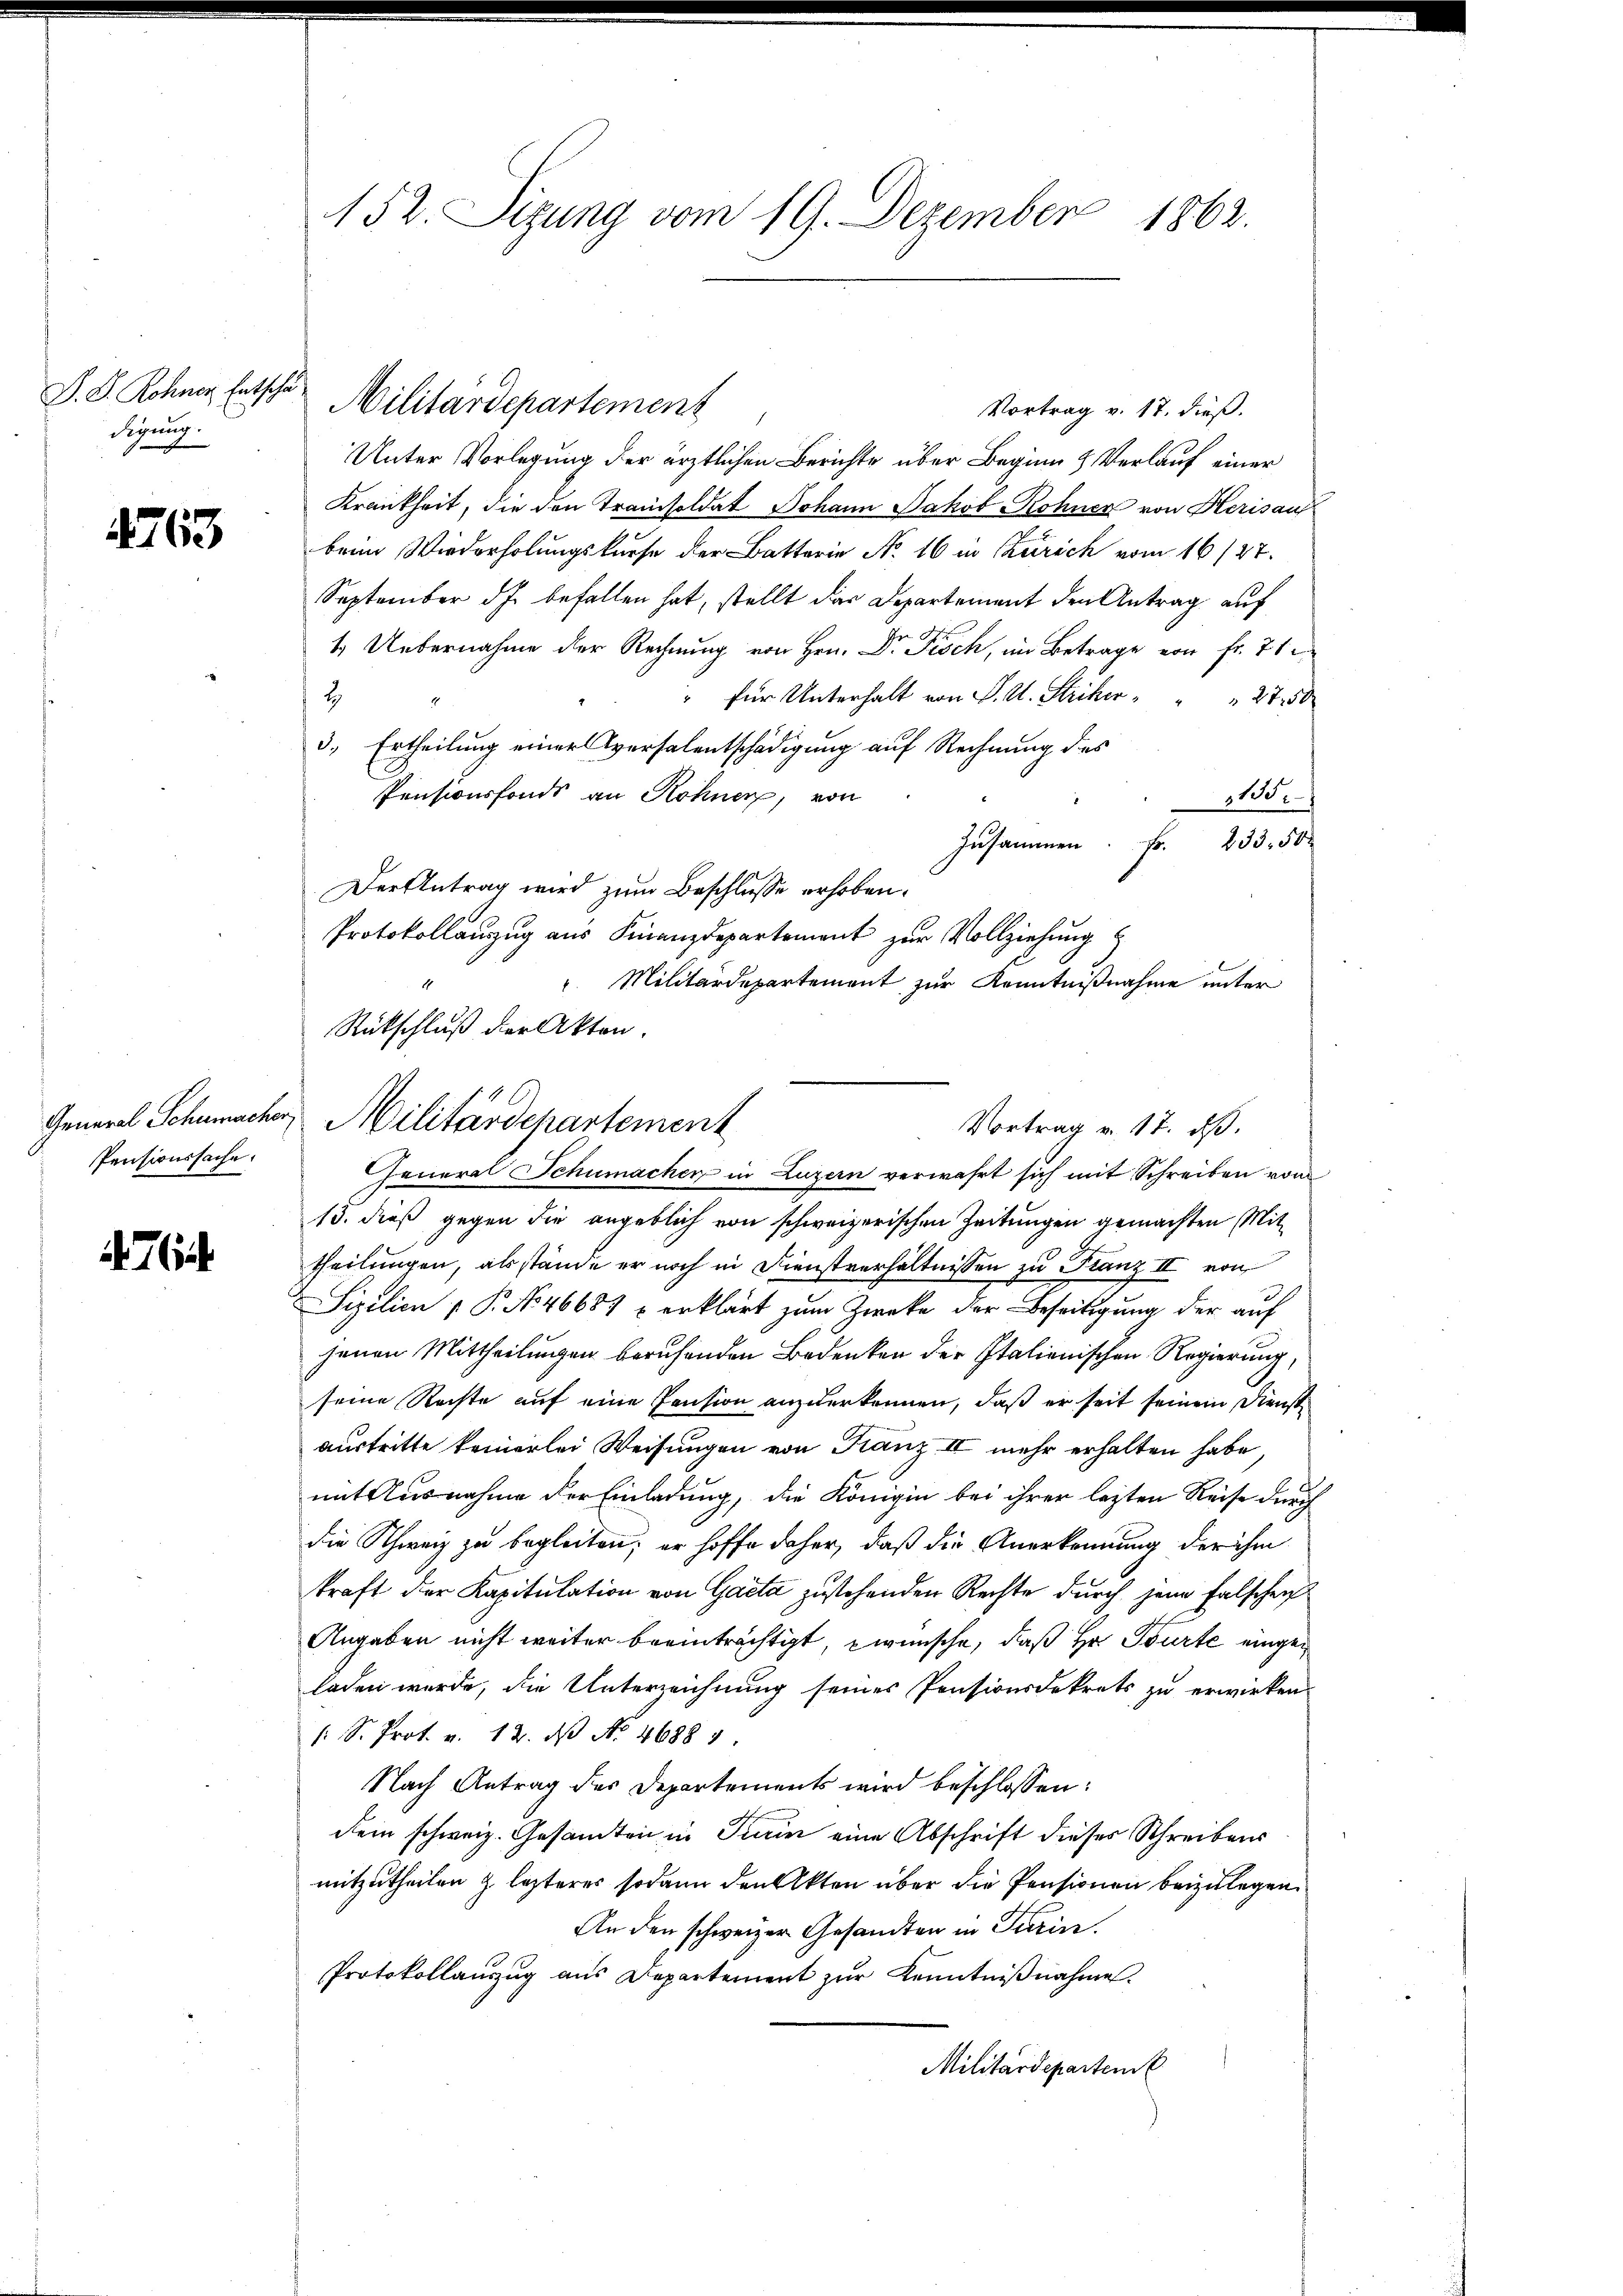
D. G. Rohner Entschä
digung.

4763

Pensionssache.

7

152. Sizung vom 19. Dezember 1862.

Militärdepartement

Vortrag v. 17. dieß.
Unter Vorlegung der ärztlichen Berichte über Beginn & Verlauf einer
Krankheit, die den Tramisoldat Johann Jakob Rohner von Herisauf
brin, Wiederholungskurse der Batterie No 16 in Zürich vom 16/27.
September ds befallen hat, stellt das Departement den Antrag auf
1. Uebernahme der Rechnung von Hrn. Dr. Fisch, im Betrage von fr. 71
für Unterhalt von P. U. Striker " " " 27. 50
2
3.) Ertheilung einer Versalentschädigung auf Rechnung des
Pensionsfonds an Rohner, von
315.
Zusammen. Fr. 233. 50
Der Antrag wird zum Beschlusse erhoben.
Protokollauszug aus Finanzdepartement zur Vollziehung
 Militärdepartement zur Kenntnißnahme unter
General Schumachen in Luzern verwahrt sich mit Schreiben vom
13. dieß gegen die angeblich von schweizerischen Zeitungen gemachten Mittheilungen, als stände er noch in Dienstverhältnissen zu Franz II von
Sizilien  P. No 46687 u erklärt zum Zwecke der Beseitigung der auf
jenen Mittheilungen beruhenden Bedenken der Italienischen Regierung,
seine Rechte auf eine Pension anderkennen, daß er seit seinem Dienst
austritte keinerlei Weisungen von Kanz II mehr erhalten habe
mit Ausnahme der Einladung, die Königin bei ihrer lezten Reise durch
die Schweiz zu begleiten; er hoffe daher, daß die Anerkennung der ihm
kraft der Kapitulation von Gacta zustehenden Rechte durch jene falschen
Angaben nicht weiter beeinträchtigt, zwünsche, daß Hr. Tourte eingeladen wurde, die Unterzeichnung seines Pensionsdekrets zu erwirken,
/: S. Prot. v. 12. N No. 4688 1
Nach Antrag des Departements wird beschlossen:
Dein schweiz. Gesamten in Turin eine Abschrift dieses Schreibens
mitzutheilen z lezteres sodann den Akten über die Pensionen beizulegen.
An den schweizer Gesandten in Turin.
Protokollauszug aus Departement zur Kenntnißnahme.
Militärdeparteme

Rückschluß der Akten.
General Schumacher Militärdepartement
Vortrag v. 17. ds.